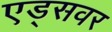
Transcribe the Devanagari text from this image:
एड्‌सवर